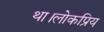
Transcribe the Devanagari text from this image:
था।लोकप्रिय